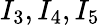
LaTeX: I_{3},I_{4},I_{5}